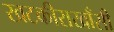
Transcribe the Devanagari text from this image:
खटकीराखाँसी